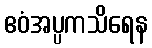
ဧဝံအပ္ပကသိရေန